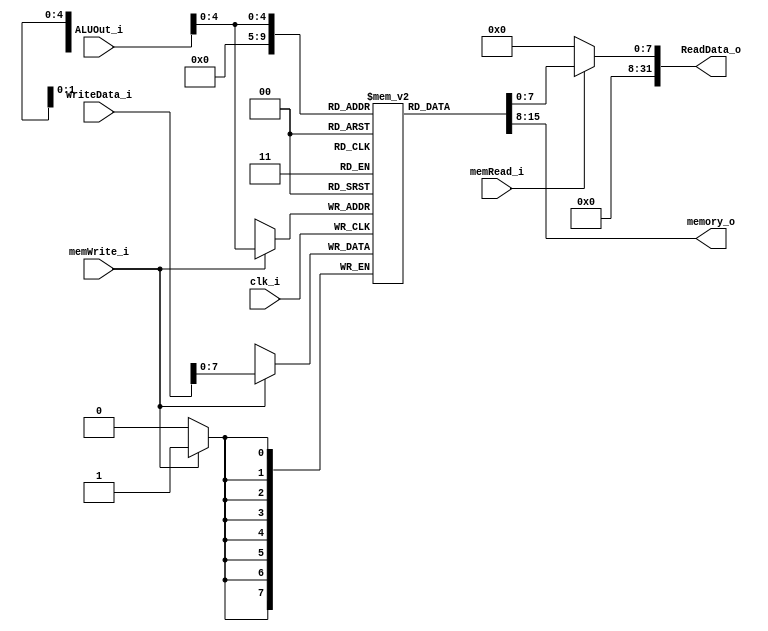
module DataMemory(
	clk_i,
	memRead_i,
	memWrite_i,
	ALUOut_i,
	WriteData_i,
	ReadData_o,
	memory_o
);

input			clk_i;
input 			memRead_i;
input			memWrite_i;
input	[31:0]		ALUOut_i;
input	[31:0]		WriteData_i;
output	[31:0]		ReadData_o;
output	[7:0]		memory_o;

reg	[7:0]		memory	[0:31];

assign 	memory_o = memory[0];
assign	ReadData_o = (memRead_i == 1)? memory[ALUOut_i]:32'b0;

always@ (posedge clk_i)	
begin
	if(memWrite_i)
		memory[ALUOut_i] <= WriteData_i;
	else;
end

endmodule